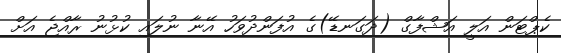
ކެޕްޓަން އަލީ އަޝްފާގް (ދަގަނޑޭ)ގެ އުފަންދުވަހު އޭނާ ނުލައި ކުޅުނު ރާއްޖެ އަށް